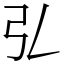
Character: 𢎞